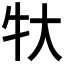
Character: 𬌚